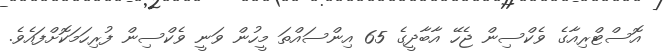
އޮސްޓްރިއާގެ ވެކްސިން ޖެހޭ އާބާދީގެ 65 އިންސައްތަ މީހުން ވަނީ ވެކްސިން ފުރިހަމަކޮށްފައެވެ.